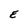
Character: E